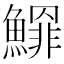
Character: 𩻲